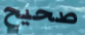
صحيح